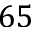
6 5